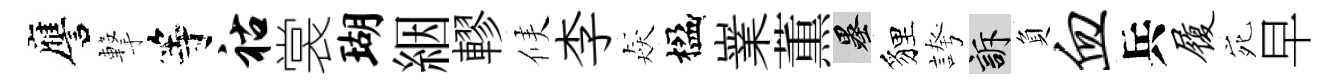
譍撃等祜裳瑚絪轇候李猋楹嶪薫墨貍誇訴負血兵履宛早